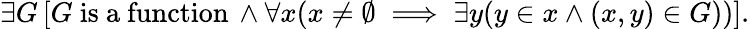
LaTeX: \exists G\, [G{\mathrm{~is~a~function}}\, \land\forall x(x\neq\emptyset\implies\exists y(y\in x\land(x,y)\in G))].